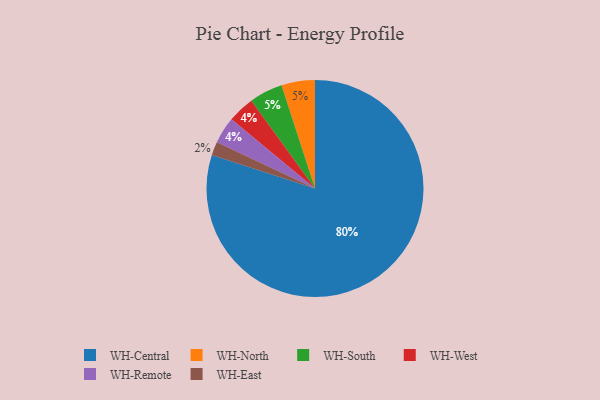
{"axis": {"x": "Category", "y": "Percentage"}, "legend": ["WH-Central", "WH-East", "WH-North", "WH-Remote", "WH-South", "WH-West"], "data": [{"x": "WH-East", "y": 2, "type": "WH-East"}, {"x": "WH-Central", "y": 80, "type": "WH-Central"}, {"x": "WH-North", "y": 5, "type": "WH-North"}, {"x": "WH-South", "y": 5, "type": "WH-South"}, {"x": "WH-West", "y": 4, "type": "WH-West"}, {"x": "WH-Remote", "y": 4, "type": "WH-Remote"}]}